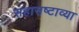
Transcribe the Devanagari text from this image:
सहासष्टाव्या